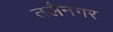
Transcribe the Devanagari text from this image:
तलैनगर